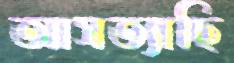
আসত্যাছি